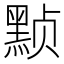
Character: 𬹕